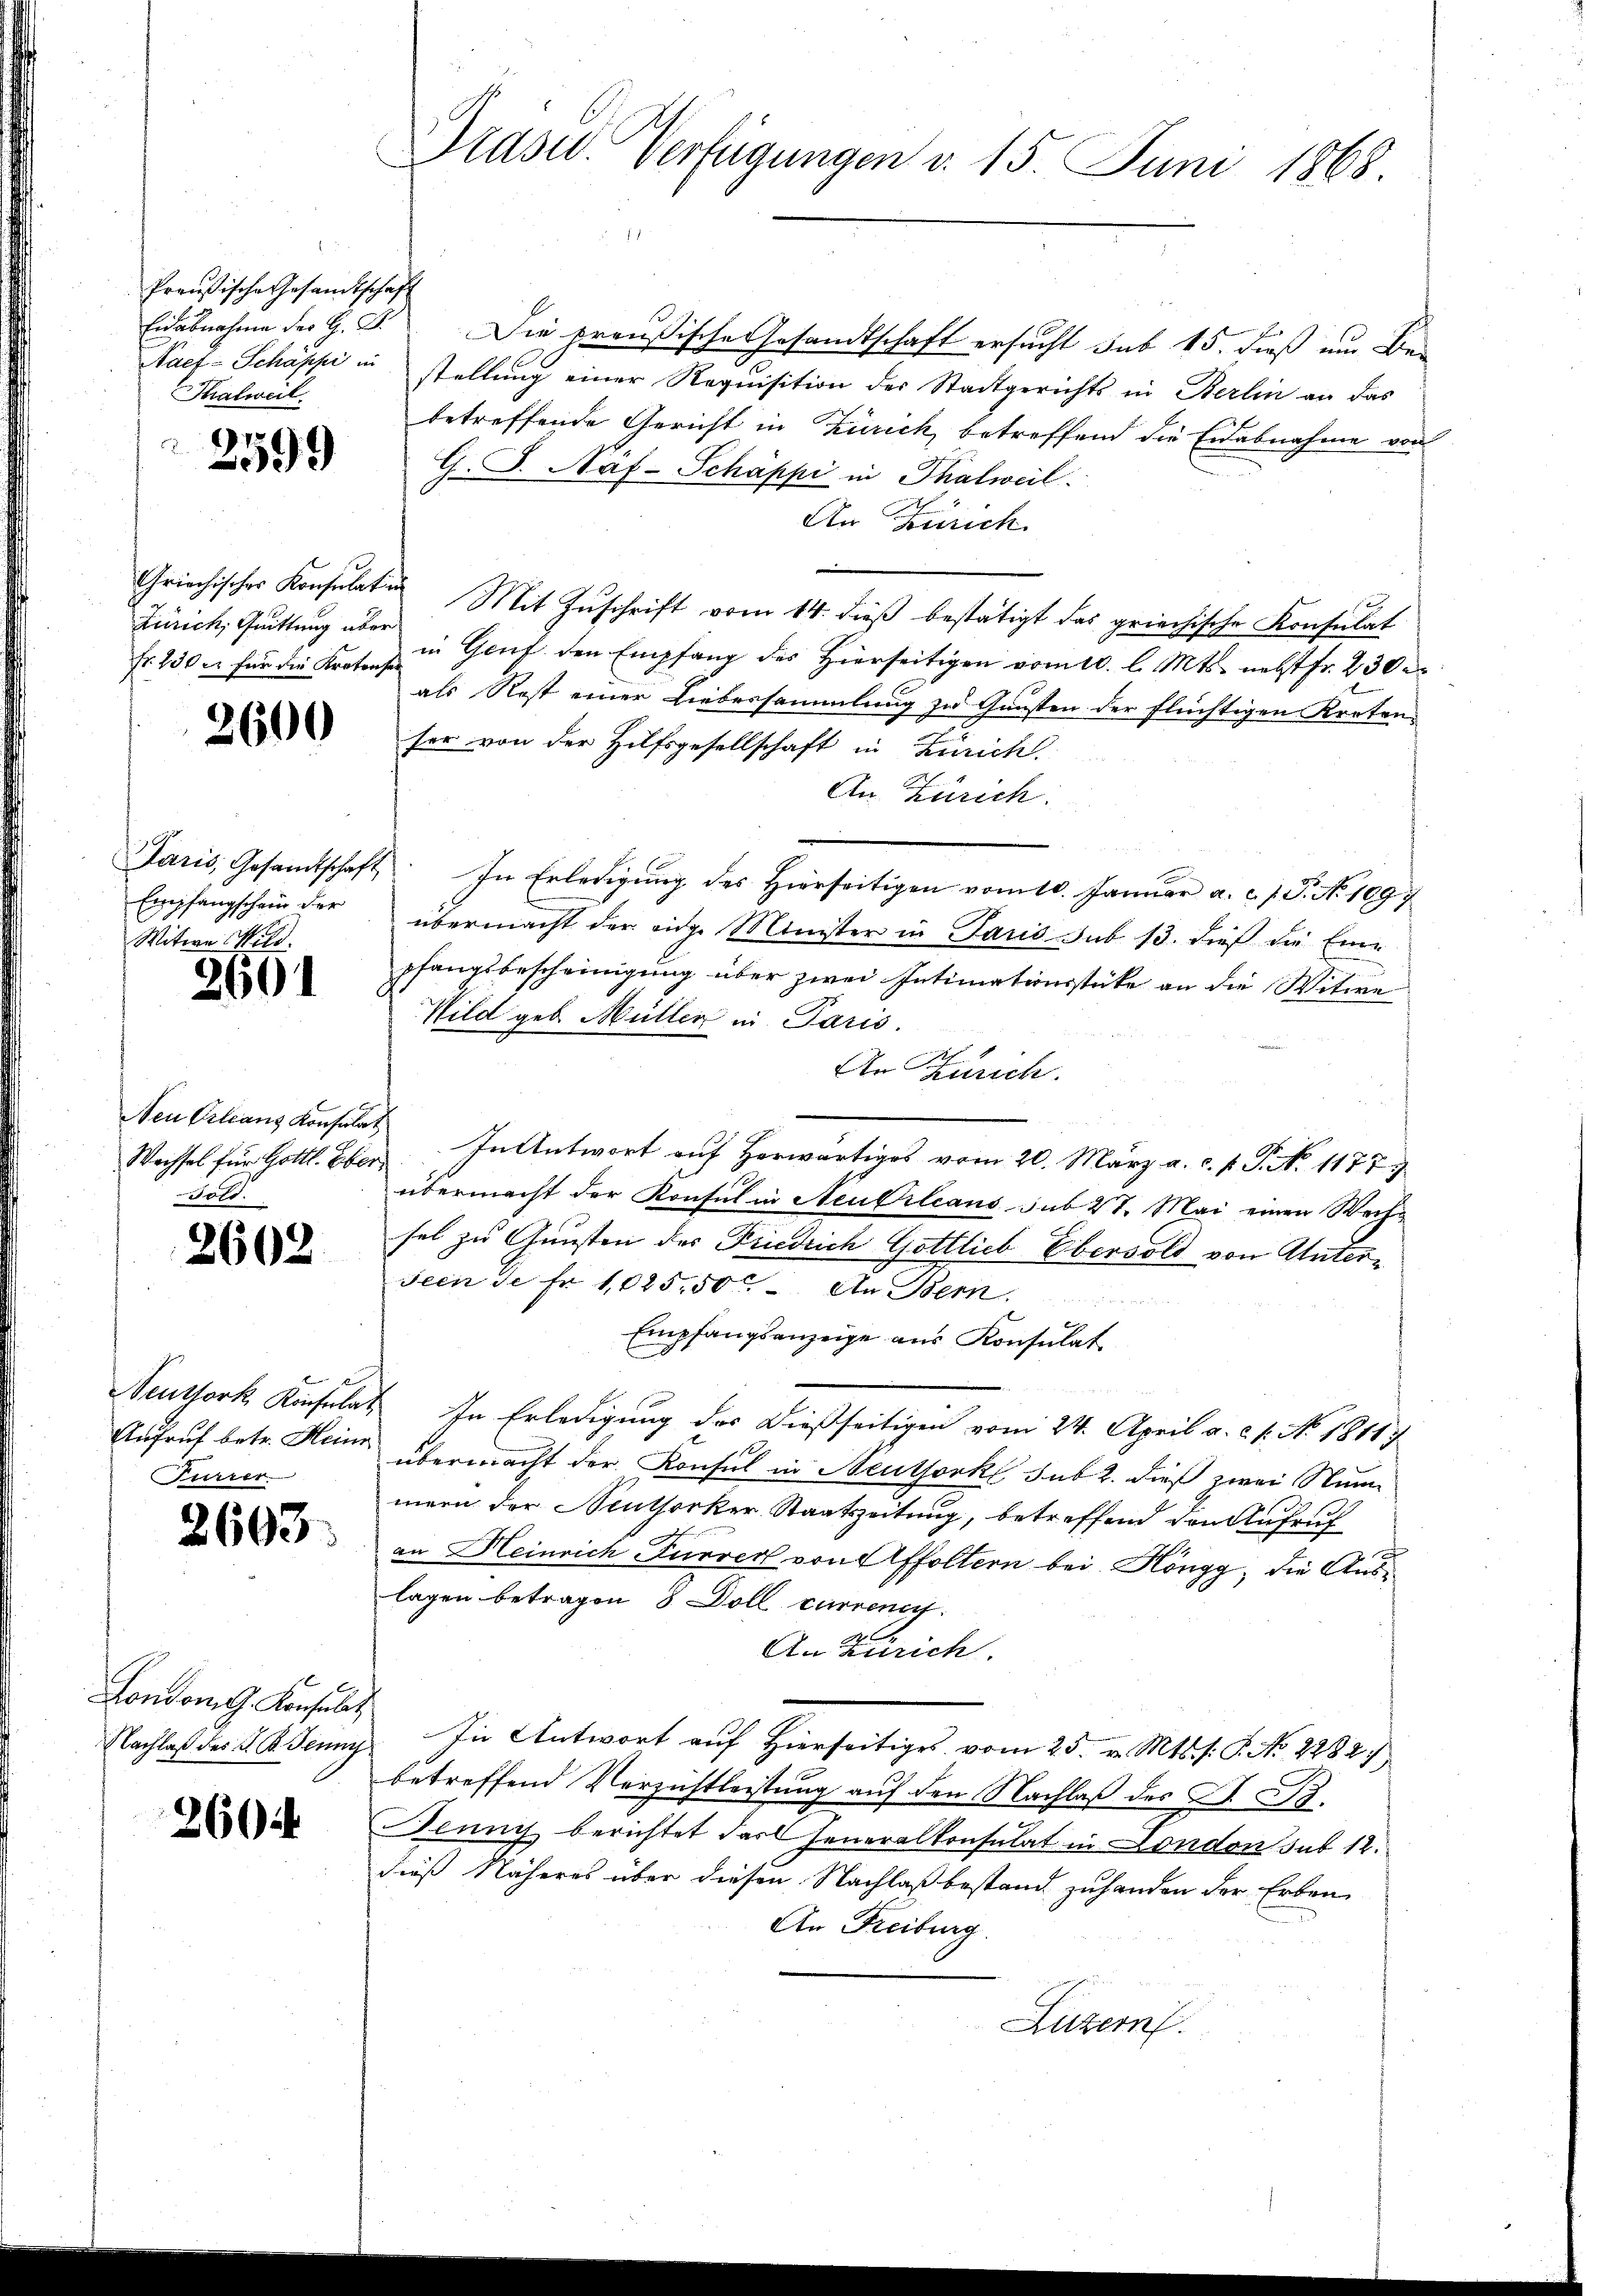
Preußische Gesandtschaft
Thalweil.

2599

Zürich, Quittung über

2600

Empfangschein der
Witwe Nild.

2601

Wachsel für Gottl. Eber¬
Gold.

2602

Furrer

2603.

London Konsulat

2604

Eidabnahme der G. B. Die preußische Gesandtschaft ersucht sub 15. dieß um Be¬
Naef-Schäppi in stellung einer Requisition der Stadtgerichts in Berlin an das
betreffende Gericht in Zürich, betreffend die Eidabnahme von
G. J. Näf-Schäppi in Thalweil
An Zürich.
Griechischer Konsulaten Mit Zŭschrift vom 14. dieβ bestätigt das griechische Konsulat
fr. 230 u. für die Kraft in Genf den Empfang des hierseitigen vom 10. l. Mts. nebst fr. 230
als Rost einer Liebersammlung zu Gunsten der flüchtigen Kroten-
ser von der Hilfsgesellschaft in Zürich.
An Zürich.
Jaris, Gesandtschaft In Erledigŭng des hierseitigen vom 10. Janŭar a. c. J. J. No 1097
übermacht der eine Minister in Paris sub 13. dieß die Einpfangsbescheinigung über zwei Intimationsstücke an die Witwe
Wild geb. Müller in Paris.
7
An Zürich.
Neu Orleans Konsulat In Antwort auf herwärtiges vom 20. März a. c. s. S. S. 1177
übermacht der Konsul in Neukrleans sub 27. Mai einen Wechsel zu Gunsten des Friedrich Gottlieb Ebervold von Unterseen de fr. 1025.50 An Bern.
Empfangsanzeige aus Konsulat
Neuthork Konsulat In Erledigung des dießseitigen vom 24. April a. c. s. No. 18117
Aufruf betr. Heine übermacht der Konsul in Neuthorkl sub 2. dieß zwei Nummern der Neuthorker Staatszeitung, betreffend den Aufruf
an Heinrich Furrer von Affoltern bei Höngg, die Auslagen betragen, 8 Doll curren
An Zürich.
Nachlaß des G. B. Jenny In Antwort auf Hierseitiges vom 25. v. Mts. s: P. No 2282
betreffend Verzichtleistung auf den Nachlaß des J. B.
enny berichtet darf Generalkonsulat in London sub 12.
dieß Näheres über diesen Nachlaß bestand zuhanden der Erben
An Freiburg
Luzern

Präser. Verfügungen v. 15. Juni 1868